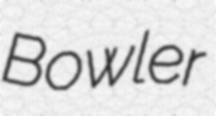
Bowler